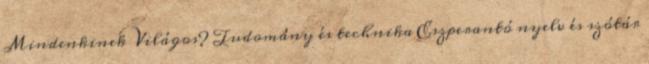
Mindenkinek Világos? Tudomány és technika Eszperantó nyelv és szótár